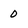
Character: 0